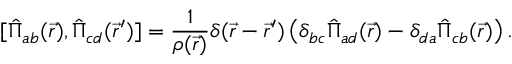
[ \hat { \Pi } _ { a b } ( \vec { r } ) , \hat { \Pi } _ { c d } ( \vec { r } ^ { \prime } ) ] = \frac { 1 } { \rho ( \vec { r } ) } \delta ( \vec { r } - \vec { r } ^ { \prime } ) \left( \delta _ { b c } \hat { \Pi } _ { a d } ( \vec { r } ) - \delta _ { d a } \hat { \Pi } _ { c b } ( \vec { r } ) \right) .